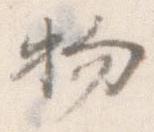
物